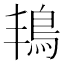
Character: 𮬬